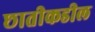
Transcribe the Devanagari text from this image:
छातीकडील